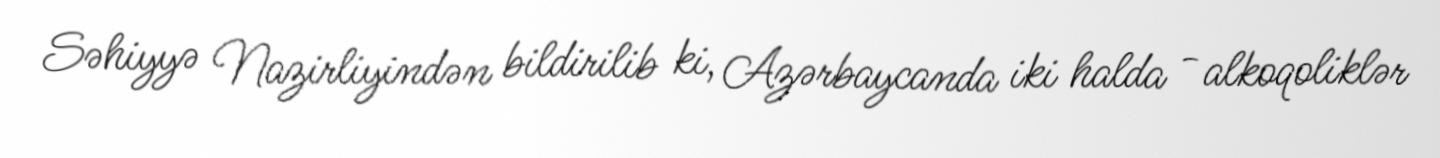
Səhiyyə Nazirliyindən bildirilib ki, Azərbaycanda iki halda - alkoqoliklər